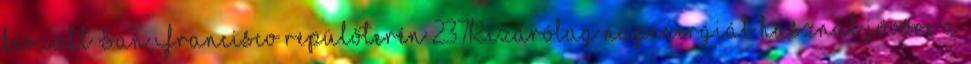
készült San Francisco repülőterén 237Kizárólag napenergiát használ jövőre a